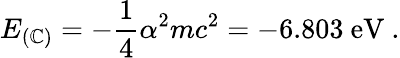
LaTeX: E_{(\mathbb{C})}=-\frac{{1}}{{4}}\alpha^{2}mc^{2}=-6.803\ \mathrm{{eV}}\ .